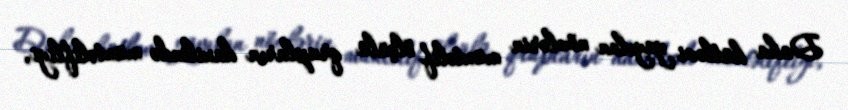
Daha kütləvi yayılan növlərin müxtəlif ölçülü qrupların daxilində müxtəlifliyi,